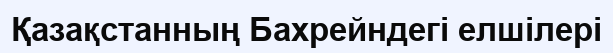
Қазақстанның Бахрейндегі елшілері